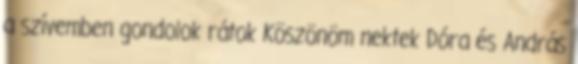
a szívemben gondolok rátok Köszönöm nektek Dóra és András